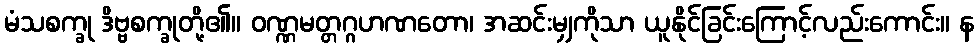
မံသစက္ခု ဒိဗ္ဗစက္ခုတို့၏။ ဝဏ္ဏမတ္တဂ္ဂဟဏတော၊ အဆင်းမျှကိုသာ ယူနိုင်ခြင်းကြောင့်လည်းကောင်း။ န